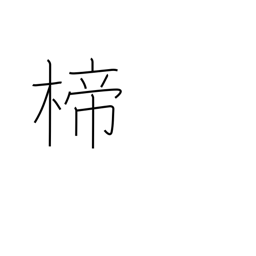
Meaning: ornamental hairpin